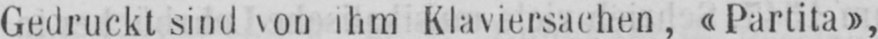
Gedruckt sind von ihm Klaviersachen, «Partita»,